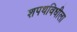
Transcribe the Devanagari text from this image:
शपथविधीला